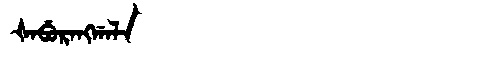
Manchu: ᡧᠠᠪᡠᡵᠠᠩᡤᠠᠯᠠ
Romanization: ŠABURANGGALA